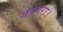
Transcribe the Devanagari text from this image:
सहचराः।